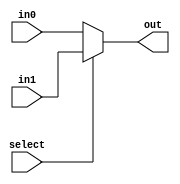

module twoToOneMux(out, select, in0, in1); 

    input select; 
    input [31:0] in0, in1;
    output [31:0] out; 
    assign out = select ? in1 : in0; 

endmodule